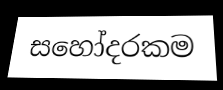
සහෝදරකම